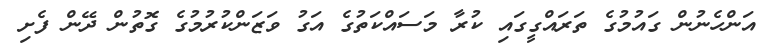
އަންހެނުން ގައުމުގެ ތަރައްގީގައި ކުރާ މަސައްކަތުގެ އަގު ވަޒަންކުރުމުގެ ގޮތުން ދޭން ފެށި